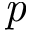
\it { p }